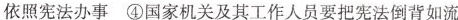
依照宪法办事 ④国家机关及其工作人员要把宪法倒背如流